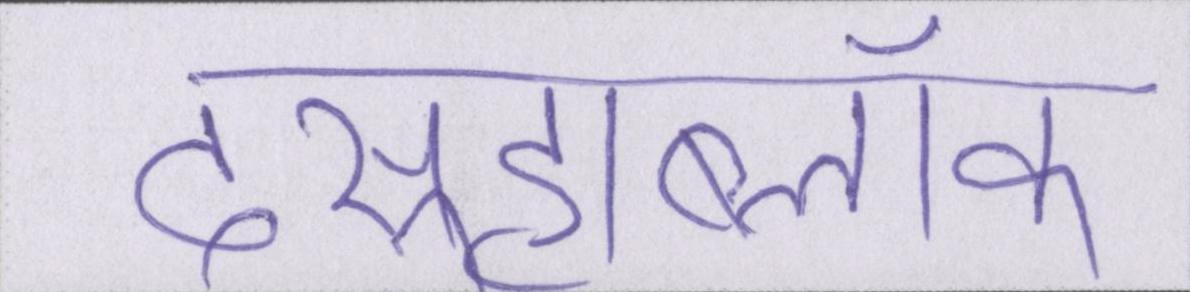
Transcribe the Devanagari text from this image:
दसूहाब्लॉक